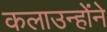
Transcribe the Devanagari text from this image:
कलाउन्होंने